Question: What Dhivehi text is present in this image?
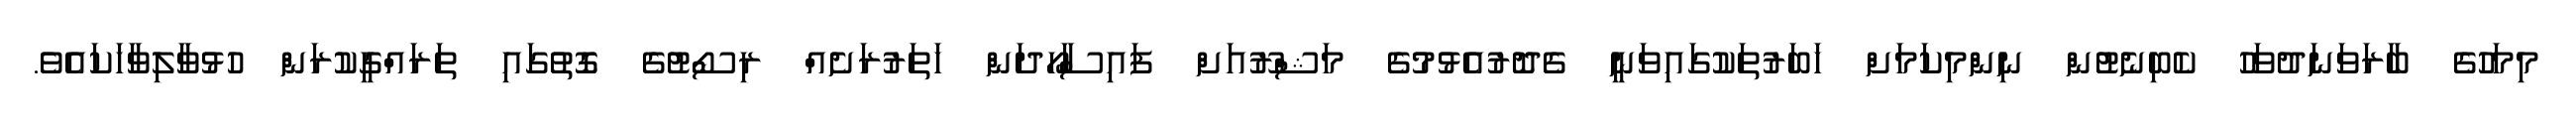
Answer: މިމަހުގެ ބާރަވަނަދުވަހު ކެބިނެޓުން ނިންމިކަމަށް ހަބަރުތަކުގައިވަނީ ގެދޮރުއެޅުމުގެ މަޝްރޫއަށް ފައިސާހޯދަން ހަތަރުރަށެއް ރިސޯޓުގެ ގޮތުގައި ތަރައްގީކުރަން ހުޅުވާލިވާހަކައެވެ.